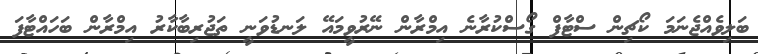
ބަލިވެއްޖެނަމަ ކޯޗިން ސްޓާފް ގޯސްކުރާނެ އިމްރާން ނޭރުވީމައޭ ލަނޑުވަނީ ތަޖުރިބާކާރު އިމްރާން ބަހައްޓާފަ